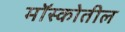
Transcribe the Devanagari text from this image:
मॉस्कोतील